Scottish Leaving Certificate Examination, 1954
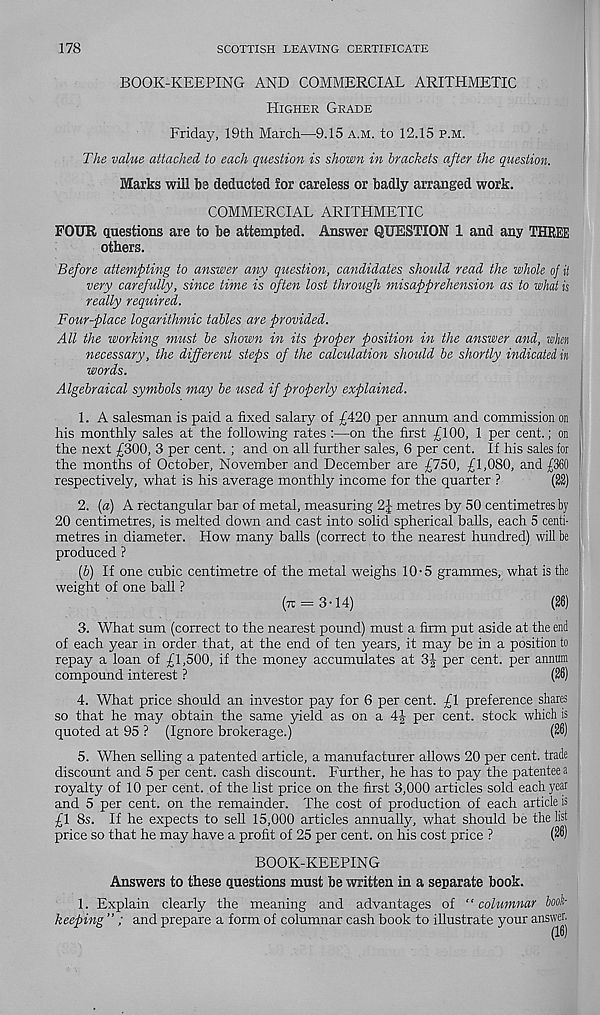
178
SCOTTISH LEAVING CERTIFICATE
BOOK-KEEPING AND COMMERCIAL ARITHMETIC
Higher Grade
Friday, 19th March—9.15 a.m. to 12.15 p.m.
The value attached to each question is shown in brackets after the question.
Marks will bs deducted £or careless or badly arranged work.
COMMERCIAL ARITHMETIC
FOUR questions are to be attempted. Answer QUESTION 1 and any THREE
others.
Before attempting to answer any question, candidates should read the whole of it
very carefully, since time is often lost through misapprehension as to what is
really required.
Four-place logarithmic tables are provided.
All the working must be shown in its proper position in the answer and, when
necessary, the different steps of the calculation should be shortly indicated in
words.
Algebraical symbols may be used if properly explained.
1. A salesman is paid a fixed salary of £420 per annum and commission on
his monthly sales at the following rates :—on the first £100, 1 per cent.; on
the next £300, 3 per cent. ; and on all further sales, 6 per cent. If his sales for
the months of October, November and December are £750, £1,080, and £360
respectively, what is his average monthly income for the quarter ?
(22)
2. (a) A rectangular bar of metal, measuring 2J metres by 50 centimetres by
20 centimetres, is melted down and cast into solid spherical balls, each 5 centi-
metres in diameter. How many balls (correct to the nearest hundred) will be
produced ?
[b) If one cubic centimetre of the metal weighs 10-5 grammes, what is the
weight of one ball ?
(t: = 3-14)
(26)
3. What sum (correct to the nearest pound) must a firm put aside at the end
of each year in order that, at the end of ten years, it may be in a position to
repay a loan of £1,500, if the money accumulates at 3|- per cent, per annum
compound interest ?
(26)
4. What price should an investor pay for 6 per cent. £1 preference shares
so that he may obtain the same yield as on a 4J per cent, stock which is
quoted at 95 ? (Ignore brokerage.)
(26)
5. When selling a patented article, a manufacturer allows 20 per cent, trade
discount and 5 per cent, cash discount. Further, he has to pay the patentee a
royalty of 10 per cent, of the list price on the first 3,000 articles sold each year
and 5 per cent, on the remainder. The cost of production of each article is
£1 8s. If he expects to sell 15,000 articles annually, what should be the list
price so that he may have a profit of 25 per cent, on his cost price ?
(26)
BOOK-KEEPING
Answers to these questions must be written in a separate book.
1. Explain clearly the meaning and advantages of “columnar book-
keeping ” ; and prepare a form of columnar cash book to illustrate your answer.